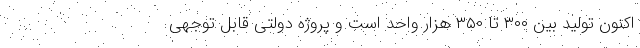
اکنون تولید بین ۳۰۰ تا ۳۵۰ هزار واحد است و پروژه دولتی قابل توجهی